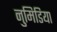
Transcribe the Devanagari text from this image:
नुमिडिया